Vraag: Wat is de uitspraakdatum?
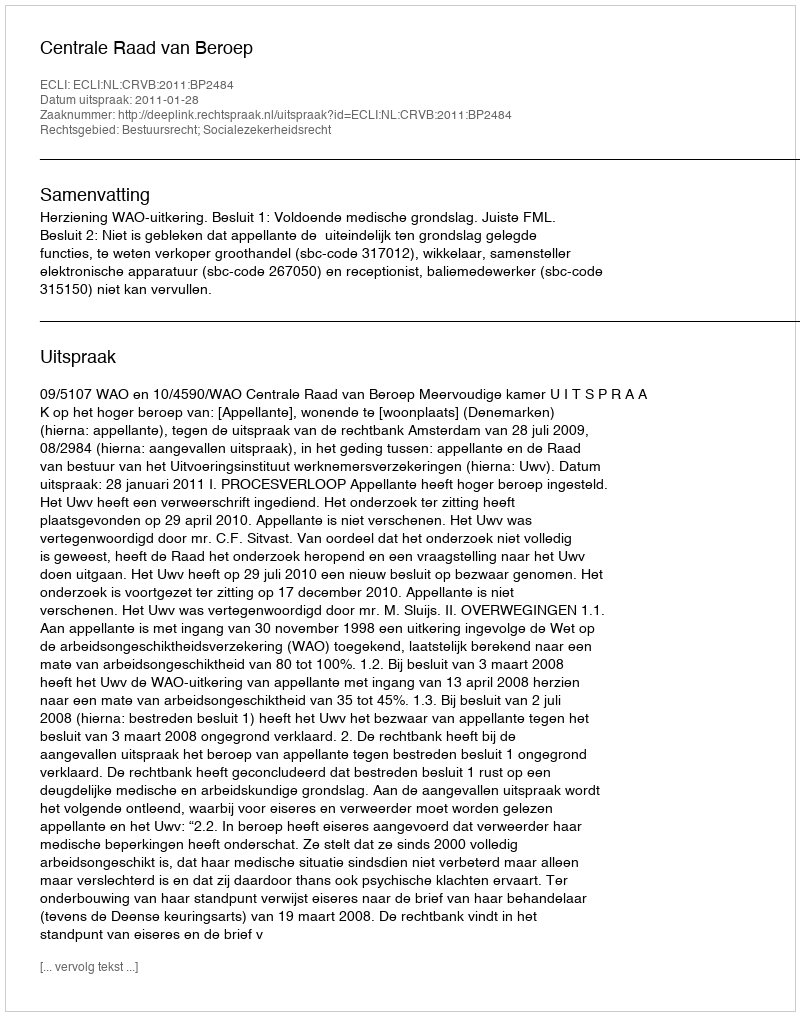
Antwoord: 2011-01-28